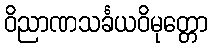
ဝိညာဏသင်္ခယဝိမုတ္တော